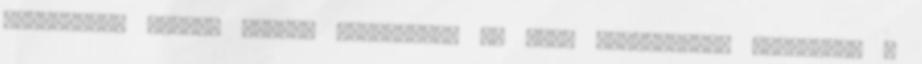
elérésekor ingyen házhoz szállítjuk az árut csomagküldő szolgálat .